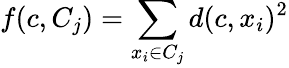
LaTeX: f(c,C_{j})=\sum_{x_{i}\in C_{j}}d(c,x_{i})^{2}